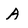
Character: A